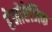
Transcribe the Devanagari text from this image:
हेमोरेजिक